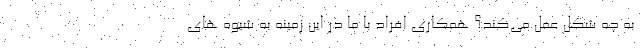
به چه شکل عمل می‌کند؟ همکاری افراد با ما در این زمینه به شیوه های